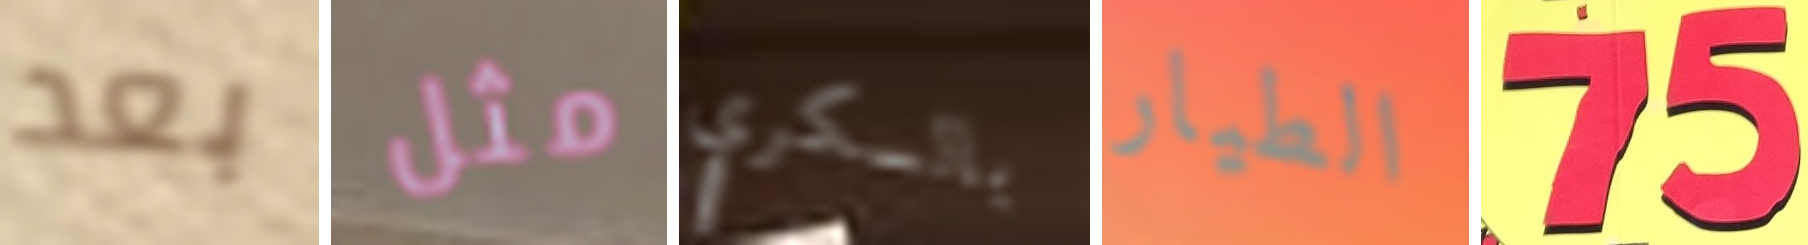
بعد مثل بالسكري الطيار 75